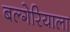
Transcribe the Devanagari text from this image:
बल्गेरियाला